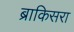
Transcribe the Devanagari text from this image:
ब्राकिसरा